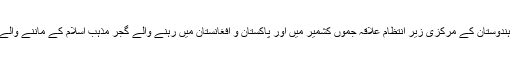
اس کے علاوہ گجر دنیا کے تقریبا ہر ملک میں معاش کے سلسلے میں آباد ہیں، ہندوستان کے مرکزی زیرِ انتظام علاقہ جموں کشمیر میں اور پاکستان و افغانستان میں رہنے والے گجر مذہبِ اسلام کے ماننے والے ہیں جبکہ ہندوستان کے باقی علاقوں میں رہنے والے گجروں کا مذہب ہندو ہے۔